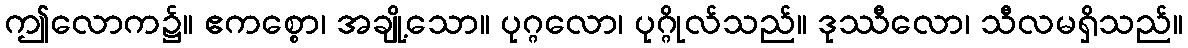
ဤလောက၌။ ဧကစ္စော၊ အချို့သော။ ပုဂ္ဂလော၊ ပုဂ္ဂိုလ်သည်။ ဒုဿီလော၊ သီလမရှိသည်။